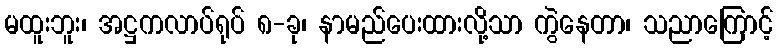
မထူးဘူး၊ အဋ္ဌကလာပ်ရုပ် ၈-ခု၊ နာမည်ပေးထားလို့သာ ကွဲနေတာ၊ သညာကြောင့်